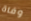
وفاة